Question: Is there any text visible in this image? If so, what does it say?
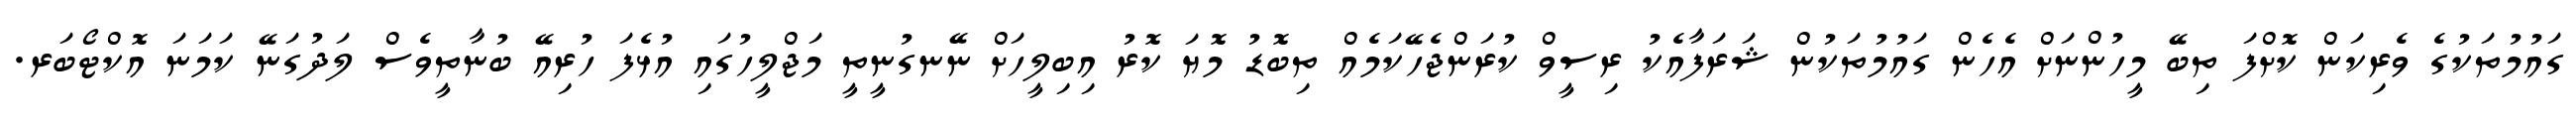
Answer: ގައުމުތަކުގެ ވެރިކަން ކޮށްފަ ތިބޭ މީހުންނަށް އެހެން ގައުމުތަކުން ޝަރަފާއެކު ރިސީވް ކުރަންޖެހޭކަމެއް ތިބޮޑު މޮޔަ ކޮރު އިބިލީހަށް ނޭނގުނީތީ މަޖްލީހުގައި އުޅެފަ ހުރިއޭ ބުނާތީވެސް ލަދުގަނޭ ކަމަނަ އޮކްޓޯބަރ.